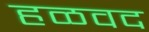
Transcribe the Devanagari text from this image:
हळवद